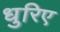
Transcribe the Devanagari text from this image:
धुरिए